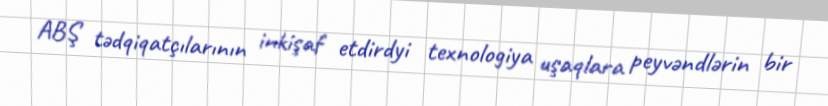
ABŞ tədqiqatçılarının inkişaf etdirdyi texnologiya uşaqlara peyvəndlərin bir